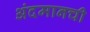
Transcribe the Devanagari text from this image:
अंदमानची